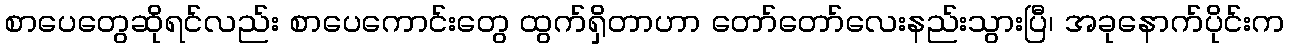
စာပေတွေဆိုရင်လည်း စာပေကောင်းတွေ ထွက်ရှိတာဟာ တော်တော်လေးနည်းသွားပြီ၊ အခုနောက်ပိုင်းက